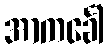
အာကင်္ခေါ